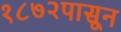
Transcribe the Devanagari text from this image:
१८७२पासून